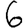
Digit: 6